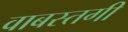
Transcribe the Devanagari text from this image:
वाबस्तगी